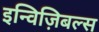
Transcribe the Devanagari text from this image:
इन्विज़िबल्स